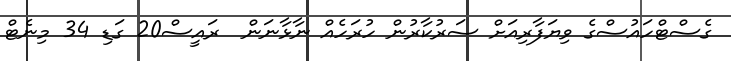
ގެސްޓްހައުސްގެ ވިޔަފާރިއަށް ސަރުކާރުން ހުރަހެއް ނާޅާނަން  ރައީސް20 ގަޑި 34 މިނެޓް